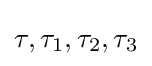
\tau ,\tau _{1},\tau _{2},\tau _{3}